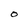
Character: O